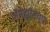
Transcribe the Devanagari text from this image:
अॅमेझॉनच्या